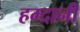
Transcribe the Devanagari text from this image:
हम्दानी